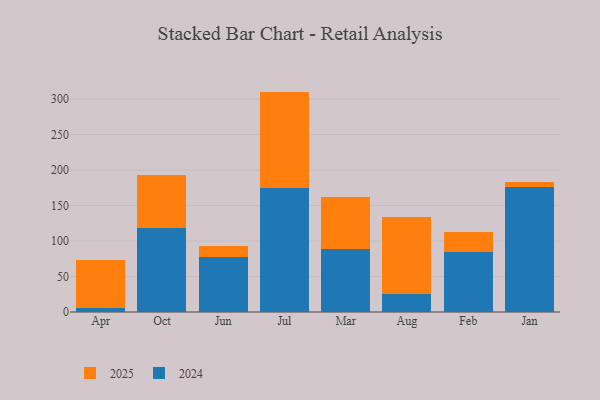
{"axis": {"x": "Month", "y": "Population (Million)"}, "legend": ["2024", "2025"], "data": [{"x": "Apr", "y": 6.1, "type": "2024"}, {"x": "Apr", "y": 66.5, "type": "2025"}, {"x": "Oct", "y": 118.9, "type": "2024"}, {"x": "Oct", "y": 74.6, "type": "2025"}, {"x": "Jun", "y": 78.1, "type": "2024"}, {"x": "Jun", "y": 14.8, "type": "2025"}, {"x": "Jul", "y": 174.8, "type": "2024"}, {"x": "Jul", "y": 135.8, "type": "2025"}, {"x": "Mar", "y": 89.4, "type": "2024"}, {"x": "Mar", "y": 72.3, "type": "2025"}, {"x": "Aug", "y": 25.7, "type": "2024"}, {"x": "Aug", "y": 107.5, "type": "2025"}, {"x": "Feb", "y": 84.7, "type": "2024"}, {"x": "Feb", "y": 28.4, "type": "2025"}, {"x": "Jan", "y": 175.7, "type": "2024"}, {"x": "Jan", "y": 7.3, "type": "2025"}]}